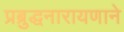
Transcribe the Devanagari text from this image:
प्रब्रुद्धनारायणाने